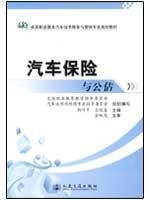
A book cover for General Higher Education Eleventh Five-Year National Transportation and Civil Engineering National Vocational Planning, Planning, teaching materials: car insurance and loss adjusters; JIN JIA LONG JING YE PING ?WANG JUN XI; Engineering & Transportation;